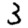
Digit: 3